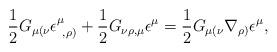
LaTeX: \begin{align*}\frac{1}{2}G_{\mu(\nu}\epsilon^{\mu}_{~,\rho)}+\frac{1}{2}G_{\nu\rho ,\mu}\epsilon^{\mu}=\frac{1}{2}G_{\mu(\nu}\nabla_{\rho)}\epsilon^{\mu},\end{align*}